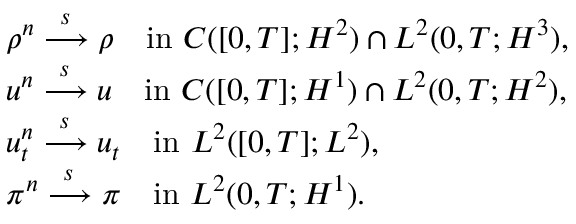
\begin{array} { r l } & { \rho ^ { n } \xrightarrow { \, \, s \, \, } \rho \quad \mathrm { i n } \, \, C ( [ 0 , T ] ; H ^ { 2 } ) \cap L ^ { 2 } ( 0 , T ; H ^ { 3 } ) , } \\ & { u ^ { n } \xrightarrow { \, \, s \, \, } u \quad \mathrm { i n } \, \, C ( [ 0 , T ] ; H ^ { 1 } ) \cap L ^ { 2 } ( 0 , T ; H ^ { 2 } ) , } \\ & { u _ { t } ^ { n } \xrightarrow { \, \, s \, \, } u _ { t } \quad \mathrm { i n } \, \, L ^ { 2 } ( [ 0 , T ] ; L ^ { 2 } ) , } \\ & { \pi ^ { n } \xrightarrow { \, \, s \, \, } \pi \quad \mathrm { i n } \, \, L ^ { 2 } ( 0 , T ; H ^ { 1 } ) . } \end{array}